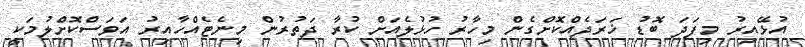
އުޅޭއިރު މިފަދަ ބޮޑު ޚަރަދެއްކޮށްގެން މިހާރު ހުޅުލެއަށް ކުރާ ދަތުރުން މިނެޓެއްހާއިރު އަވަސްކޮށްލުމަކީ